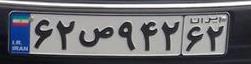
۶۲ص۹۴۲۶۲